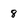
Character: 8